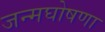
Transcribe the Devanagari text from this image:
जन्मघोषणा